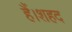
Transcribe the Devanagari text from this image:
हैं।शहद